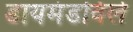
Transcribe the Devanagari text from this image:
डायमंडविले